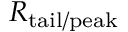
R _ { \mathrm { t a i l / p e a k } }